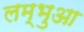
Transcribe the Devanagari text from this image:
लम्‍भुआ